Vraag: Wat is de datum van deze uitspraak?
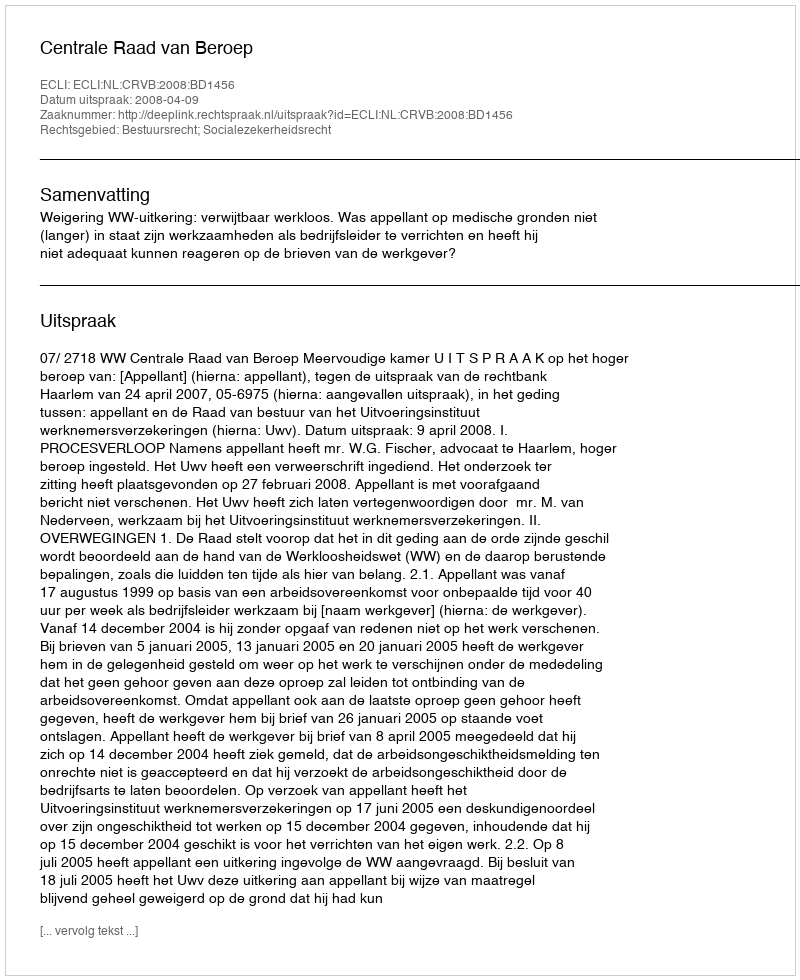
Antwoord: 2008-04-09